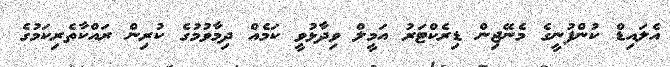
އެލައިޑް ކުންފުނީގެ މެނޭޖިން ޑިރެކްޓަރު އަމީލް ވިދާޅުވީ ކަމެއް ދިމާވުމުގެ ކުރިން ރައްކާތެރިކަމުގެ